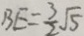
B E = \frac { 3 } { 2 } \sqrt { 5 }